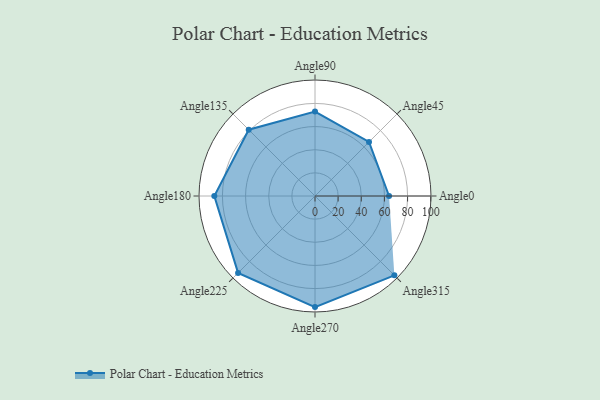
{"axis": {"x": "Angle", "y": "Radius"}, "legend": [""], "data": [{"x": "Angle0", "y": 64.0, "type": ""}, {"x": "Angle45", "y": 66.0, "type": ""}, {"x": "Angle90", "y": 73.0, "type": ""}, {"x": "Angle135", "y": 81.0, "type": ""}, {"x": "Angle180", "y": 87.0, "type": ""}, {"x": "Angle225", "y": 94.0, "type": ""}, {"x": "Angle270", "y": 96.0, "type": ""}, {"x": "Angle315", "y": 97.0, "type": ""}]}